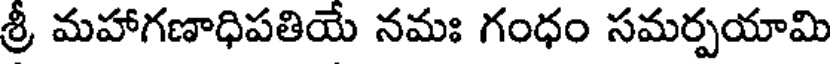
శ్రీ మహాగణాధిపతియే నమః గంధం సమర్పయామి